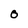
Character: 0